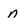
Character: n